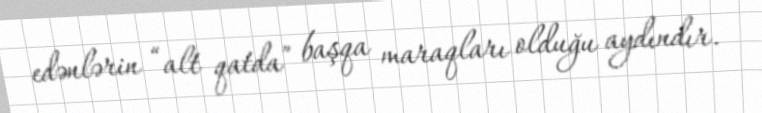
edənlərin “alt qatda” başqa maraqları olduğu aydındır.